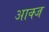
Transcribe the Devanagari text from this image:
आक्ज